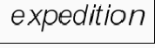
expedition